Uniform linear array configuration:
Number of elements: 64
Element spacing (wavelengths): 0.75
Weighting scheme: hann
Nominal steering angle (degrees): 30
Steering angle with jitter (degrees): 30.644
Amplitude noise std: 0.05
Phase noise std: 0.05

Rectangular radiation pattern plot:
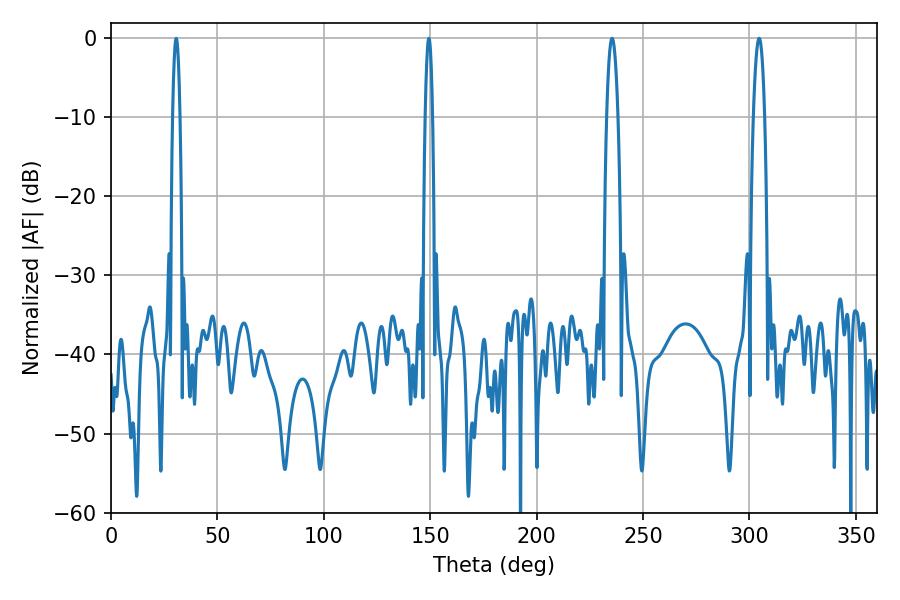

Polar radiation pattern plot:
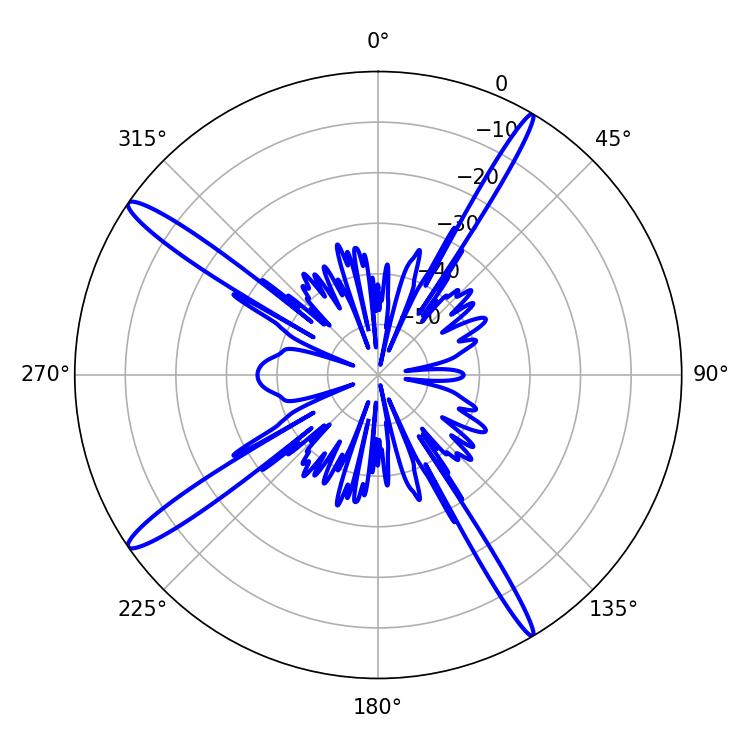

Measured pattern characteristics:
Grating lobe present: TRUE
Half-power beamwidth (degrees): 2.88
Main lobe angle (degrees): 235.44